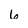
Character: 6